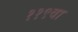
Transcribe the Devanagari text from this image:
११९वा